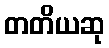
တတိယဆု